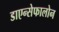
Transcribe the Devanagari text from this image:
डाएन्सेफालोन